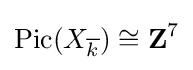
\operatorname {Pic} (X_{\overline {k}})\cong \mathbf {Z} ^{7}